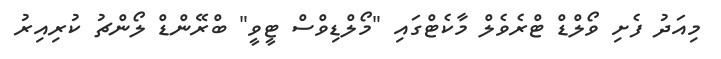
މިއަދު ފެށި ވޯލްޑް ޓްރެވެލް މާކެޓްގައި "މޯލްޑިވްސް ޓީވީ" ބްރޭންޑް ލޯންޗު ކުރިއިރު